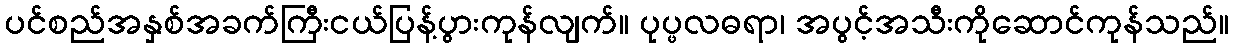
ပင်စည်အနှစ်အခက်ကြီးငယ်ပြန့်ပွားကုန်လျက်။ ပုပ္ဖလဓရာ၊ အပွင့်အသီးကိုဆောင်ကုန်သည်။